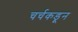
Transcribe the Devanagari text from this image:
चर्चकडून